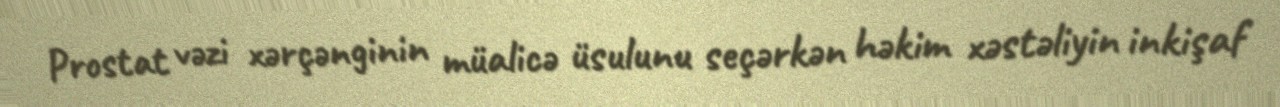
Prostat vəzi xərçənginin müalicə üsulunu seçərkən həkim xəstəliyin inkişaf